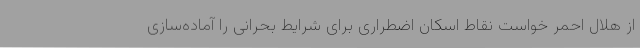
از هلال احمر خواست نقاط اسکان اضطراری برای شرایط بحرانی را آماده‌سازی